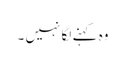
وہ کہنے لگا نہیں ۔